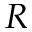
R